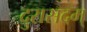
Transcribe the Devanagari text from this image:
दुरासदम्